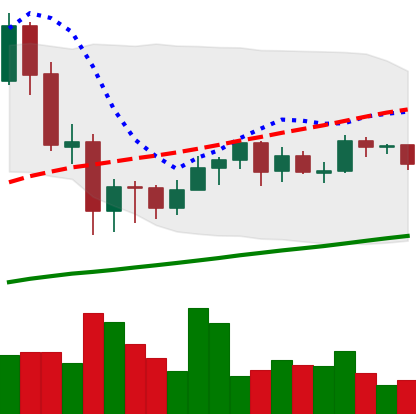
Ticker: ETH-USD
Chart end date: 2020-09-20
Forward return: -5.085%
Label: down_5_7